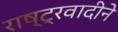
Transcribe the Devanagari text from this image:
राष्ट्रवादीने